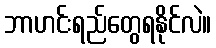
ဘာဟင်းရည်တွေရနိုင်လဲ။